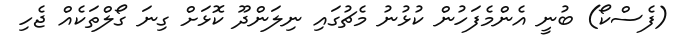
(ފެސްކޯ) ބުނީ އެންމެފަހުން ކުޅުނު މެޗުގައި ނިލަންދޫ ކޮޅަށް ގިނަ ގޯލްތަކެއް ޖެހި